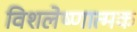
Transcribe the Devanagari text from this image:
विशलेष्णात्मक